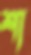
শা